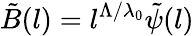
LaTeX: \tilde{B}(l)=l^{\Lambda/\lambda_{0}}\tilde{\psi}(l)